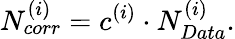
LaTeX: N_{corr}^{(i)}=c^{(i)}\cdot N_{Data}^{(i)}.